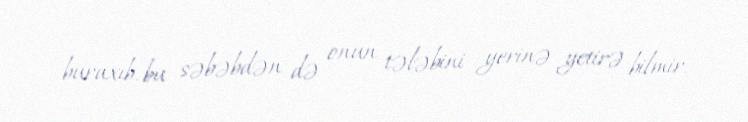
buraxıb, bu səbəbdən də onun tələbini yerinə yetirə bilmir.